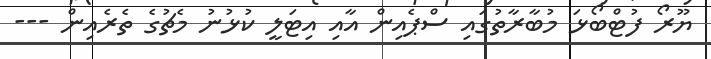
ޔޫރޯ ފުޓްބޯޅަ މުބާރާތުގައި ސްޕެއިން އާއި އިޓަލީ ކުޅުނު މެޗުގެ ތެރެއިން ---